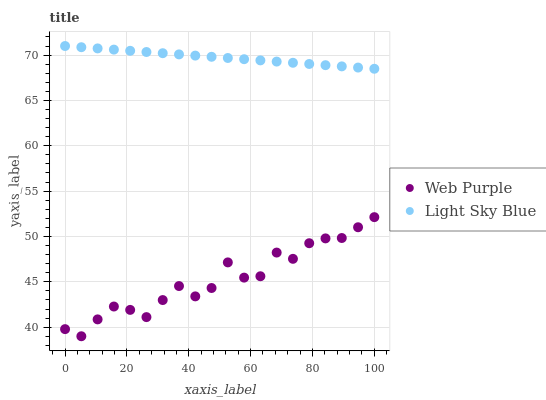
| xaxis_label | Web Purple | Light Sky Blue |
 | --- | --- | --- |
 | 0 | 39.8 | 71 |
 | 5.26 | 39 | 70.9 |
 | 10.5 | 40.9 | 70.7 |
 | 15.8 | 42.3 | 70.6 |
 | 21.1 | 41.9 | 70.5 |
 | 26.3 | 41.1 | 70.3 |
 | 31.6 | 43 | 70.2 |
 | 36.8 | 44.5 | 70.1 |
 | 42.1 | 43.4 | 69.9 |
 | 47.4 | 44.3 | 69.8 |
 | 52.6 | 47.1 | 69.7 |
 | 57.9 | 45.5 | 69.5 |
 | 63.2 | 45.6 | 69.4 |
 | 68.4 | 48.2 | 69.3 |
 | 73.7 | 47.5 | 69.2 |
 | 78.9 | 49.3 | 69 |
 | 84.2 | 49.8 | 68.9 |
 | 89.5 | 49.8 | 68.8 |
 | 94.7 | 51 | 68.6 |
 | 100 | 52.1 | 68.5 |